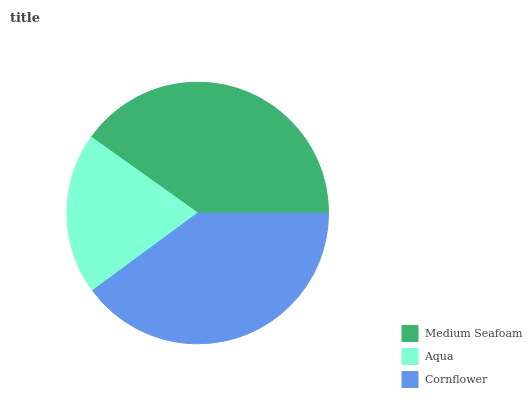
| Medium Seafoam | Aqua | Cornflower |
 | --- | --- | --- |
 | 40.1% | 19.9% | 40% |